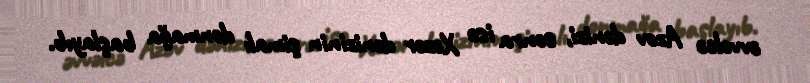
əvvəlcə Azov dənizi, sonra isə Xəzər dənizinin şimalı donmağa başlayıb.